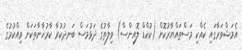
އެމަޝްވަރާގައި ކެއްކި މަސްތައްޔާރުކޮށް (ކުކްޑް ލޮއިންސް) ވިލާތުގެ ދަޅުމަސް ބަނދުކުރާ ކާރުޚާނާތަކަށް ވިއްކުމުގެ